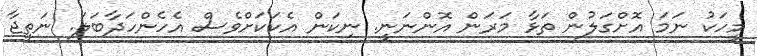
މީހަކު ނަމަ އޮށްގަލުން ތަޅާ މަރަން އޮންނަނީ. ނިކަން އެކަކަށްވެސް އެހެންހަދާބަލަ. ނަތީޖާ